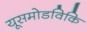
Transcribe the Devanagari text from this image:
यूसमोडविकि